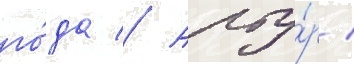
го́да // Арту́р /